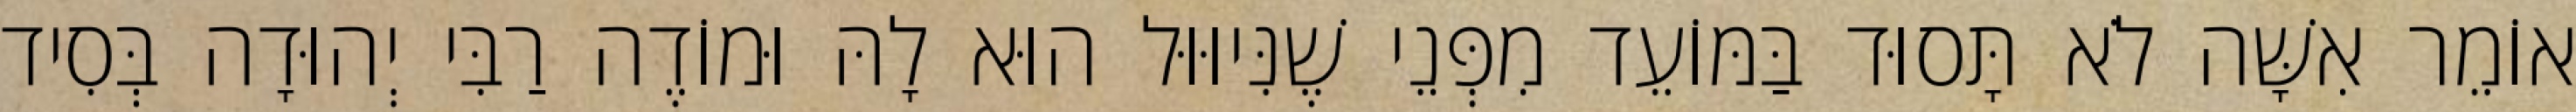
אוֹמֵר אִשָּׁה לֹא תָּסוּד בַּמּוֹעֵד מִפְּנֵי שֶׁנִּיוּוּל הוּא לָהּ וּמוֹדֶה רַבִּי יְהוּדָה בְּסִיד